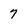
Character: 7